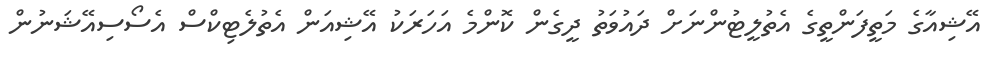
އޭޝިއާގެ މަތީފަންތީގެ އެތުލީޓުންނަށް ދައުވަތު ދީގެން ކޮންމެ އަހަރަކު އޭޝިއަން އެތުލެޓިކްސް އެސޯސިއޭޝަނުން